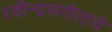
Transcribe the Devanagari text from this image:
रवीन्द्रसंगीताचे